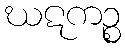
ဃဋကဉ္စ